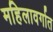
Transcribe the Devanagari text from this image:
महिलावर्गात